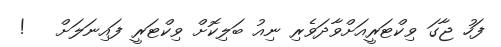
ފަހު ޖާގަ ވިކްޓަރީއަށްވާދަވެރި ނިއު ބަލިކޮށް ވިކްޓަރީ ފައިނަލަށް   !